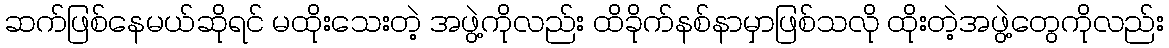
ဆက်ဖြစ်နေမယ်ဆိုရင် မထိုးသေးတဲ့ အဖွဲ့ကိုလည်း ထိခိုက်နစ်နာမှာဖြစ်သလို ထိုးတဲ့အဖွဲ့တွေကိုလည်း